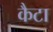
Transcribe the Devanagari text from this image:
कैटा